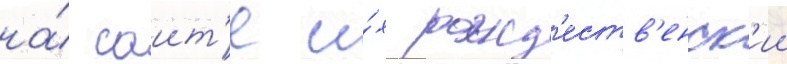
на́ саит'е и́х рожд'еств'енск'ии